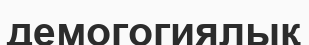
демогогиялық